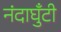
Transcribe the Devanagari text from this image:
नंदाघुँटी